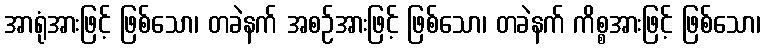
အာရုံအားဖြင့် ဖြစ်သော၊ တခဲနက် အစဉ်အားဖြင့် ဖြစ်သော၊ တခဲနက် ကိစ္စအားဖြင့် ဖြစ်သော၊